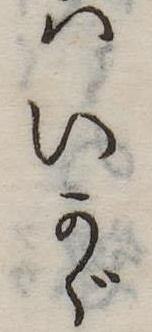
はいかゞ